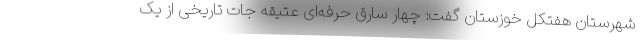
شهرستان هفتکل خوزستان گفت: چهار سارق حرفه‌ای عتیقه جات تاریخی از یک